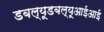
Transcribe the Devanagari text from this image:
डबल्यूडबल्यूआईआई